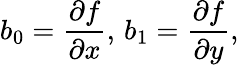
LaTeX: b_{0}={\frac{\partial f}{\partial x}},\, b_{1}={\frac{\partial f}{\partial y}},